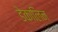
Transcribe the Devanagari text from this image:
डेकालिन